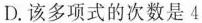
D.该多项式的次数是4